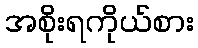
အစိုးရကိုယ်စား